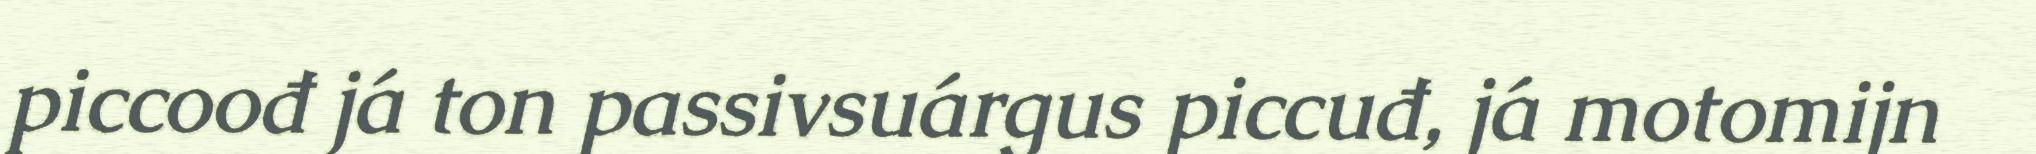
piccoođ já ton passivsuárgus piccuđ, já motomijn